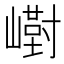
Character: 𪩙